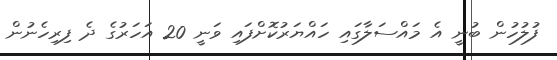
ފުލުހުން ބުނީ އެ މައްސަލާގައި ހައްޔަރުކޮށްފައި ވަނީ 20 އަހަރުގެ ދެ ފިރިހެނުން